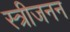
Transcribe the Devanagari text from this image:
स्त्रीजनन